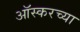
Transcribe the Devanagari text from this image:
ऑस्करच्या